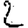
Digit: 2